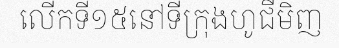
លើកទី១៥នៅទីក្រុងហូជីមិញ